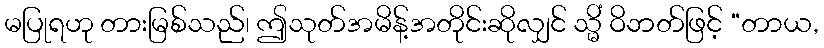
မပြုရဟု တားမြစ်သည်၊ ဤသုတ်အမိန့်အတိုင်းဆိုလျှင် သ္မိံ ဝိဘတ်ဖြင့် “တာယ,